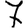
Digit: 7